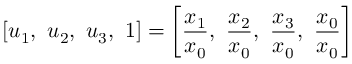
\left[ u _ { 1 } , \ u _ { 2 } , \ u _ { 3 } , \ 1 \right] = \left[ { \frac { x _ { 1 } } { x _ { 0 } } } , \ { \frac { x _ { 2 } } { x _ { 0 } } } , \ { \frac { x _ { 3 } } { x _ { 0 } } } , \ { \frac { x _ { 0 } } { x _ { 0 } } } \right]